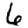
Digit: 6